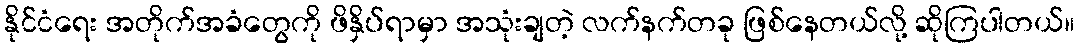
နိုင်ငံရေး အတိုက်အခံတွေကို ဖိနှိပ်ရာမှာ အသုံးချတဲ့ လက်နက်တခု ဖြစ်နေတယ်လို့ ဆိုကြပါတယ်။